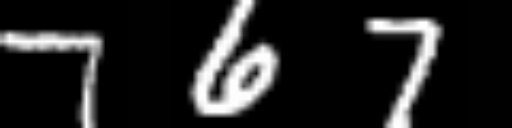
Text: 767